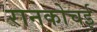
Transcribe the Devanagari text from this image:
रानकोचई